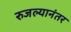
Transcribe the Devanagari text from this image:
रुजल्यानंतर